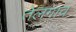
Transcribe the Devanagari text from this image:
तेलगाव